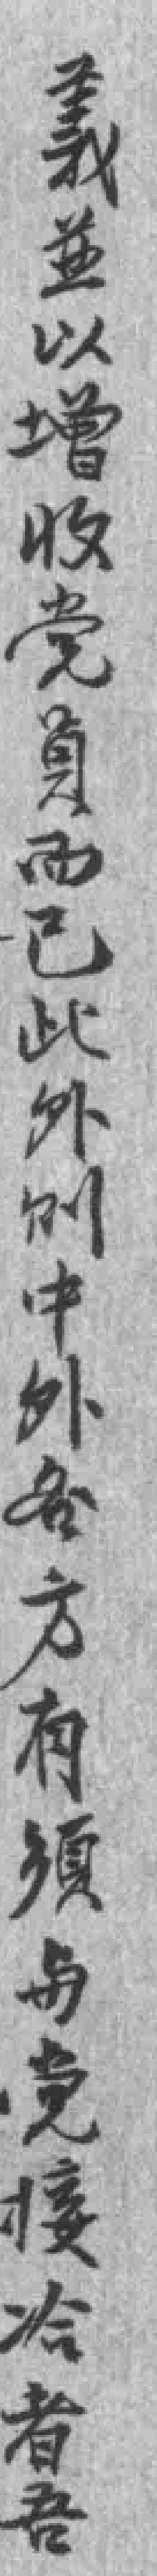
義並以增收党員而已此外则中外各方有須与党接冾者吾